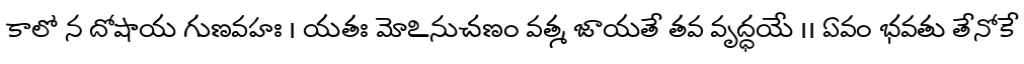
కాలో న దోషాయ గుణవహః । యతః మోఽనుచణం వత్మ జాయతే తవ వృద్ధయే ।। ఏవం భవతు తేనోకే